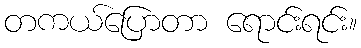
တကယ်ပြောတာ ရောင်းရင်း။